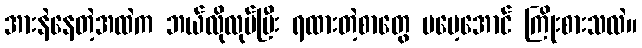
အားနဲနေတဲ့အထဲက ဘယ်လိုလုပ်ပြီး ရထားတဲ့စာတွေ မမေ့အောင် ကြိုးစားသလဲ။